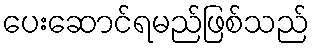
ပေးဆောင်ရမည်ဖြစ်သည်